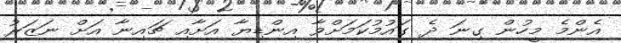
އެންމެ މީހުން ގިނަ ދެ ގައުމުކަމަށްވާ އިންޑިޔާ އަށާއި ޗައިނާ އަށް ނަޒަރު